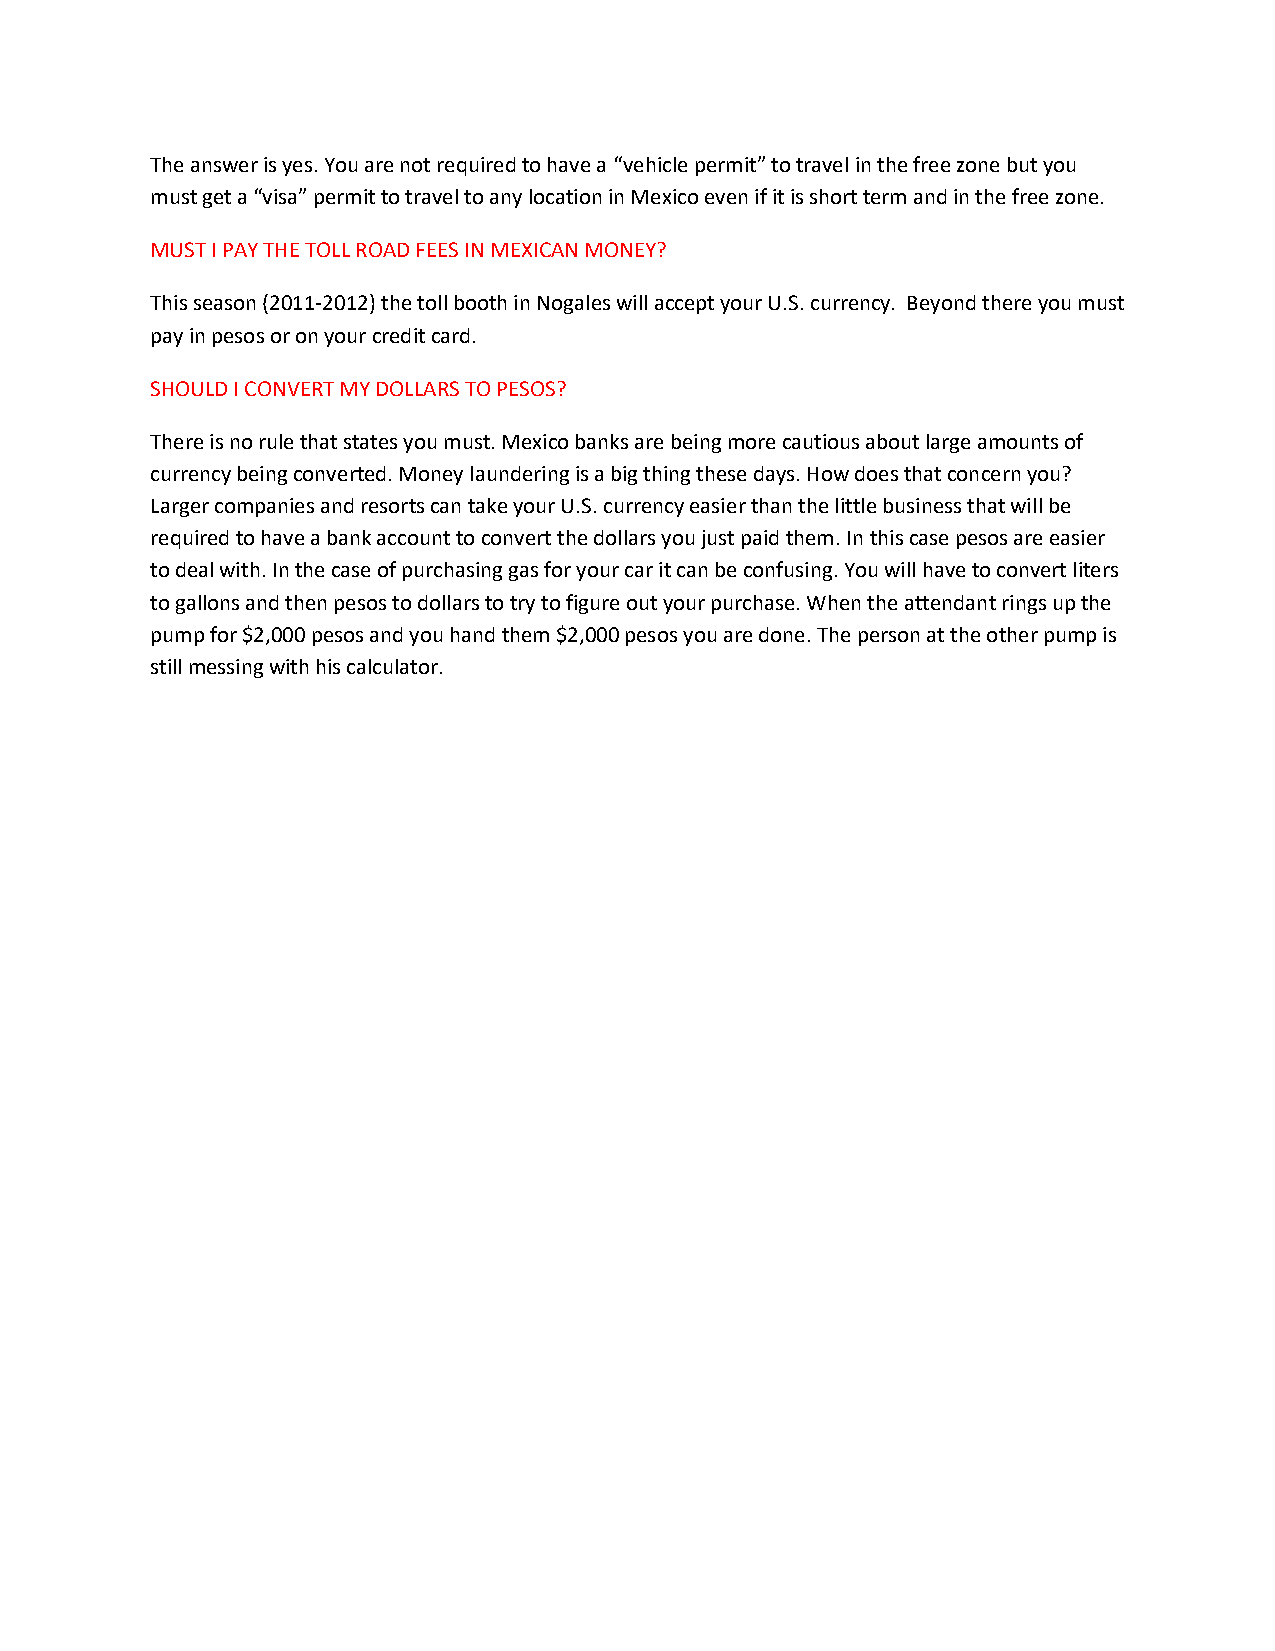
The answer is yes. You are not required to have a “vehicle permit” to travel in the free zone but you
 must get a “visa” permit to travel to any location in Mexico even if it is short term and in the free zone.
 MUST I PAY THE TOLL ROAD FEES IN MEXICAN MONEY?
 This season (2011-2012) the toll booth in Nogales will accept your U.S. currency. Beyond there you must
 pay in pesos or on your credit card.
 SHOULD I CONVERT MY DOLLARS TO PESOS?
 There is no rule that states you must. Mexico banks are being more cautious about large amounts of
 currency being converted. Money laundering is a big thing these days. How does that concern you?
 Larger companies and resorts can take your U.S. currency easier than the little business that will be
 required to have a bank account to convert the dollars you just paid them. In this case pesos are easier
 to deal with. In the case of purchasing gas for your car it can be confusing. You will have to convert liters
 to gallons and then pesos to dollars to try to figure out your purchase. When the attendant rings up the
 pump for $2,000 pesos and you hand them $2,000 pesos you are done. The person at the other pump is
 still messing with his calculator.